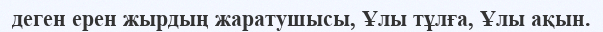
деген ерен жырдың жаратушысы, Ұлы тұлға, Ұлы ақын.